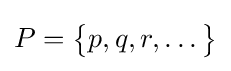
P={\big \{}p,q,r,\ldots {\big \}}